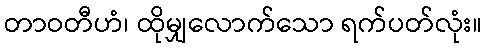
တာဝတီဟံ၊ ထိုမျှလောက်သော ရက်ပတ်လုံး။